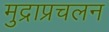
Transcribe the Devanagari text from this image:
मुद्राप्रचलन